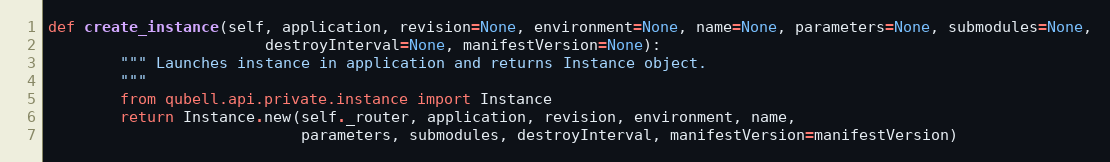
Language: Python
def create_instance(self, application, revision=None, environment=None, name=None, parameters=None, submodules=None,
                        destroyInterval=None, manifestVersion=None):
        """ Launches instance in application and returns Instance object.
        """
        from qubell.api.private.instance import Instance
        return Instance.new(self._router, application, revision, environment, name,
                            parameters, submodules, destroyInterval, manifestVersion=manifestVersion)